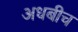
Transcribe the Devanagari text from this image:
अधबीच